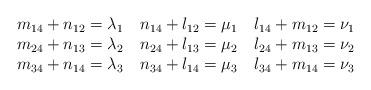
LaTeX: \begin{align*}\begin{tabular}{ c c c }$m_{14}+n_{12}=\lambda_1$ & $n_{14}+l_{12}=\mu_1$ & $l_{14}+m_{12}=\nu_1$ \cr$m_{24}+n_{13}=\lambda_2$ & $n_{24}+l_{13}=\mu_2$ & $l_{24}+m_{13}=\nu_2$ \cr$m_{34}+n_{14}=\lambda_3$ & $n_{34}+l_{14}=\mu_3$ & $l_{34}+m_{14}=\nu_3$ \end{tabular}\end{align*}